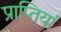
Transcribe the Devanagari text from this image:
प्राप्तियां